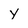
Character: y